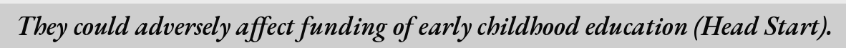
They could adversely affect funding of early childhood education (Head Start).